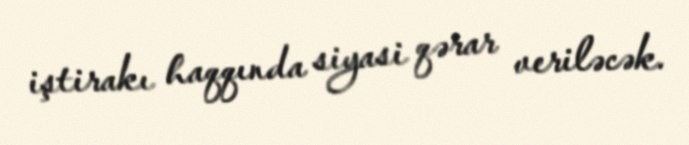
iştirakı haqqında siyasi qərar veriləcək.